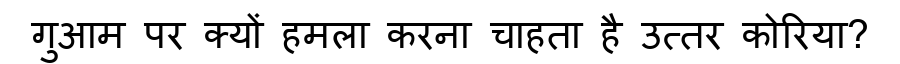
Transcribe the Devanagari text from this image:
गुआम पर क्यों हमला करना चाहता है उत्तर कोरिया?